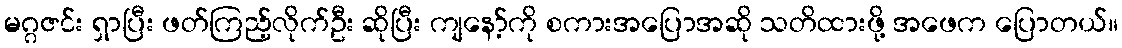
မဂ္ဂဇင်း ရှာပြီး ဖတ်ကြည့်လိုက်ဦး ဆိုပြီး ကျနော့်ကို စကားအပြောအဆို သတိထားဖို့ အဖေက ပြောတယ်။